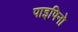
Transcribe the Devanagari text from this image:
पाइपिनो